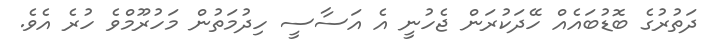
ދަތުރުގެ ބޮޑުބައެއް ހޭދަކުރަން ޖެހުނީ އެ އަސާސީ ހިދުމަތުން މަހުރޫމްވެ ހުރެ އެވެ.